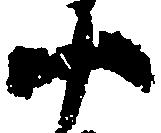
十